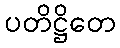
ပတိဋ္ဌိတေ